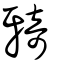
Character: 𤘌